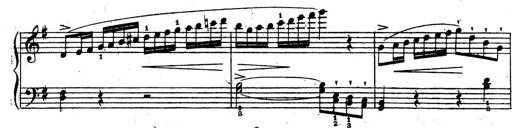
Title: 10 Sonatinas
Composer: Fritz Spindler